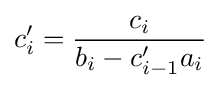
c'_{i}={\frac {c_{i}}{b_{i}-c'_{i-1}a_{i}}}